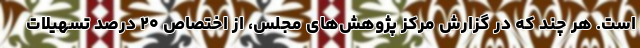
است. هر چند که در گزارش مرکز پژوهش‌های مجلس، از اختصاص ۲۰ درصد تسهیلات